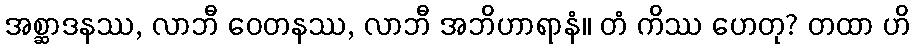
အစ္ဆာဒနဿ, လာဘီ ဝေတနဿ, လာဘီ အဘိဟာရာနံ။ တံ ကိဿ ဟေတု? တထာ ဟိ